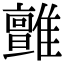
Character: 𩁉